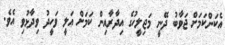
އެކަންކަމަށް ޖަވާބު ދޭނީ މަޖިލީހުގެ އިދާރާއިން ކަމަށް އަލީ ވަހީދު ވިދާޅުވި އެވެ.